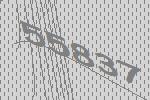
55837